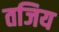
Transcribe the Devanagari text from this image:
तजिय